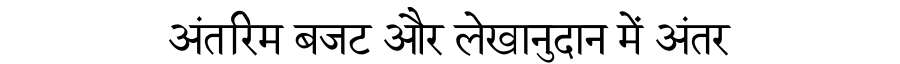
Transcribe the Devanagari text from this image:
अंतरिम बजट और लेखानुदान में अंतर